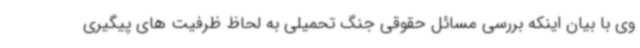
وی با بیان اینکه بررسی مسائل حقوقی جنگ تحمیلی به لحاظ ظرفیت های پیگیری